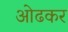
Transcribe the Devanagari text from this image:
ओढकर